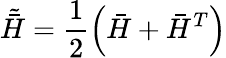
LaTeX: \tilde{\bar{H}}=\frac{1}{2}\left(\bar{H}+\bar{H}^{T}\right)